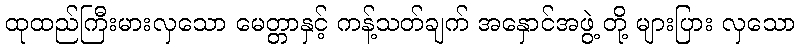
ထုထည်ကြီးမားလှသော မေတ္တာနှင့် ကန့်သတ်ချက် အနှောင်အဖွဲ့ တို့ များပြား လှသော